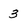
Character: 3